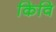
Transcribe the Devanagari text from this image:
किवि